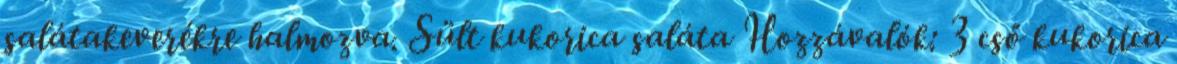
salátakeverékre halmozva. Sült kukorica saláta Hozzávalók: 3 cső kukorica